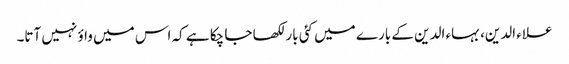
علاء الدین، بہاء الدین کے بارے میں کئی بار لکھا جا چکا ہے کہ اس میں واؤ نہیں آتا۔